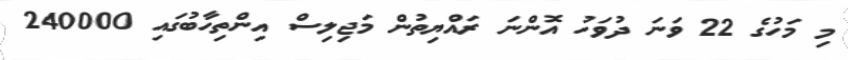
މި މަހުގެ 22 ވަނަ ދުވަހު އޮންނަ ރައްޔިތުން މަޖިލިސް އިންތިހާބުގައި 240000